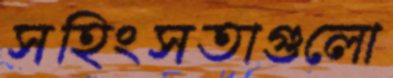
সহিংসতাগুলো